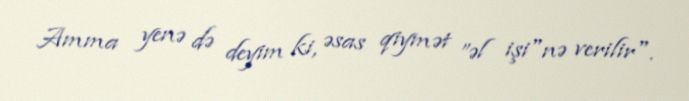
Amma yenə də deyim ki, əsas qiymət ”əl işi"nə verilir".